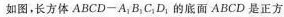
如图，长方体 ABCD—A_{1}B_{1}C_{1}D_{1}的底面 ABCD 是正方